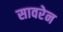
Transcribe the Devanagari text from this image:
सावरेन